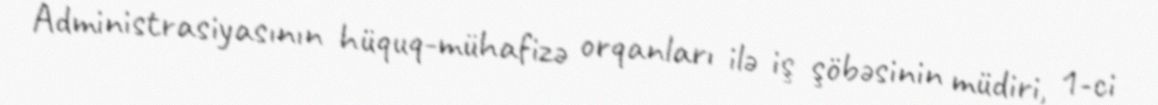
Administrasiyasının hüquq-mühafizə orqanları ilə iş şöbəsinin müdiri, 1-ci